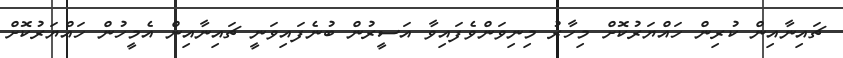
ޗައިނާއިން ކުރިން ހައްޔަރުކޮށް މިހާރު މިނިވަންވެފައިވާ އަސީރުން ބުނެފައިވަނީ ޗައިނާއިން އެމީހުން ހައްޔަރުކޮށް